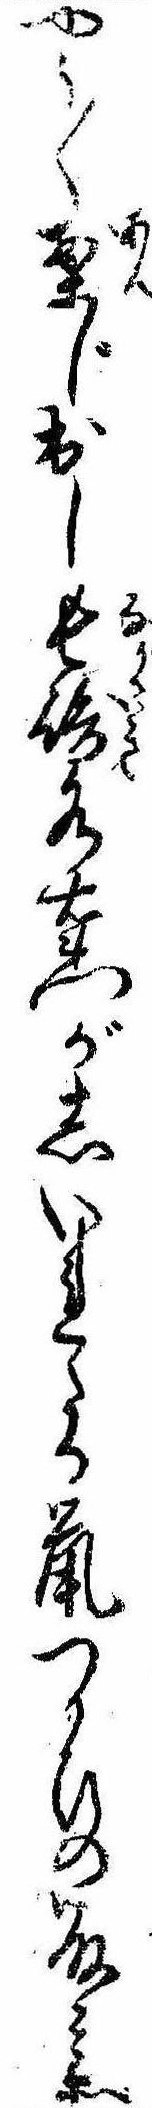
や〱案じ出し長崎水右衛門がしいれたる鼠つかひの藤兵衛